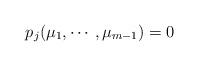
LaTeX: \begin{align*} p_j(\mu_1,\cdots,\mu_{m-1}) = 0\end{align*}